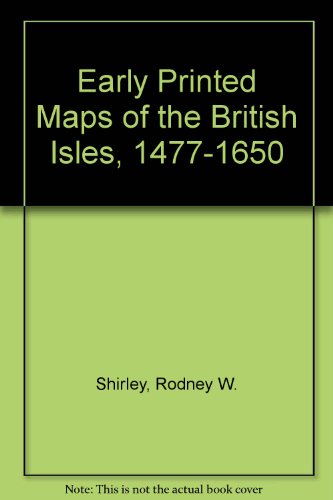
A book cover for Early Printed Maps of the British Isles, 1477-1650 (Holland Press cartographica); Rodney W. Shirley; Travel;